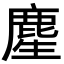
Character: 䴤